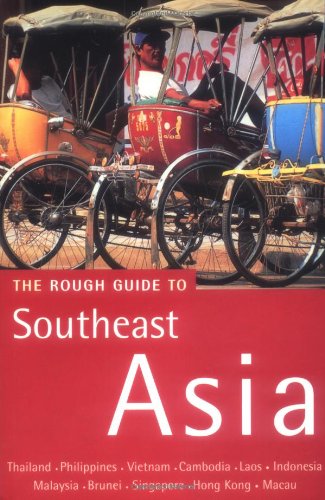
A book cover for The Rough Guide to Southeast Asia (Rough Guide Travel Guides); Rough Guides; Travel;